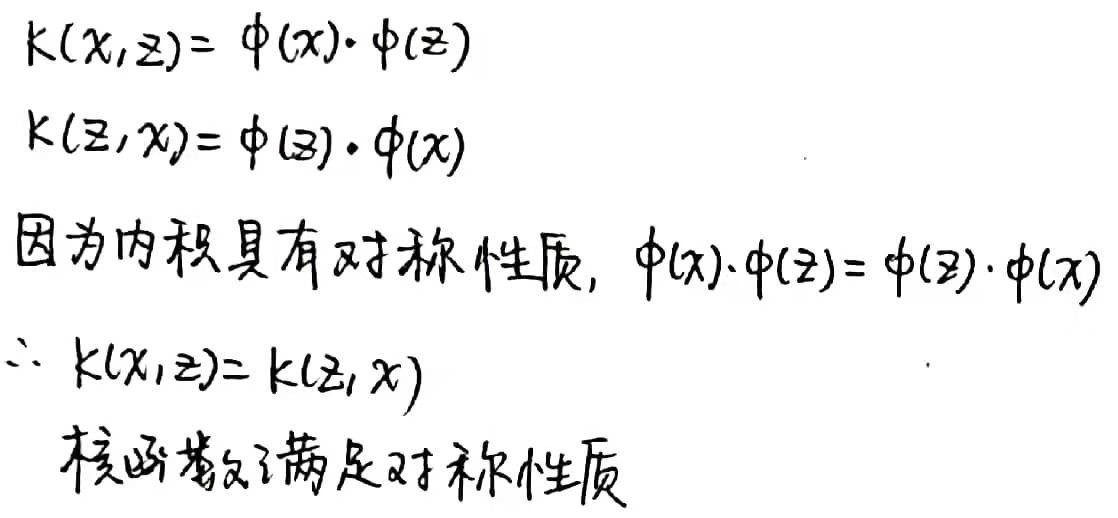
由
\[\begin{align*}k(x,z)&=\phi(x)\cdot\phi(z)\\k(z,x)&=\phi(z)\cdot\phi(x)\end{align*}\]
因为内积具有对称性质，\(\phi(x)\cdot\phi(z)=\phi(z)\cdot\phi(x)\)，所以 \(k(x,z)=k(z,x)\)，核函数满足对称性质。